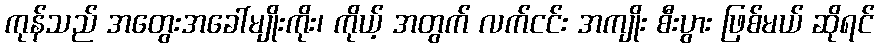
ကုန်သည် အတွေးအခေါ်မျိုးကိုး၊ ကိုယ့် အတွက် လက်ငင်း အကျိုး စီးပွား ဖြစ်မယ် ဆိုရင်